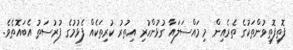
ފޮތިފޮތިވުންތަކުގެ ތެރެއިން މި މައްސަލައާ ގުޅުންހުރި އިތުރު ކުރިތަކެއް ފެޅުމުގެ ފުރުސަތު އެބައޮތެވެ.